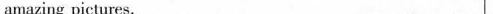
amazing pictures. For Bestbooks Book